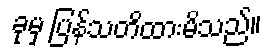
ခုမှ ပြန်သတိထားမိသည်။